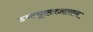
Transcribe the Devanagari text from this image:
डब्ल्यूएलआरएन